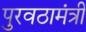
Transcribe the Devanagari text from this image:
पुरवठामंत्री